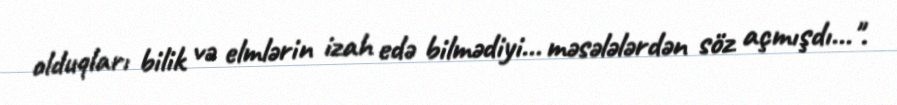
olduqları bilik və elmlərin izah edə bilmədiyi… məsələlərdən söz açmışdı…".